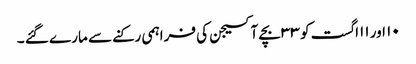
۱۰ اور ۱۱اگست کو ۳۳ بچے آکسیجن کی فراہمی رکنے سے مارے گئے ۔